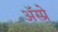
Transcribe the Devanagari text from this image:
ॲस्प्रे